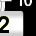
Digit: 2